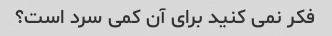
فکر نمی کنید برای آن کمی سرد است؟